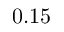
0 . 1 5